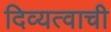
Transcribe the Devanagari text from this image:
दिव्यत्वाची